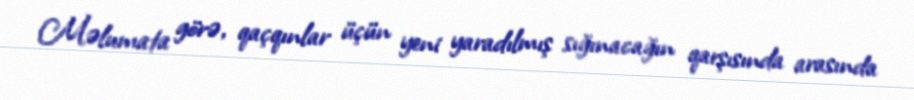
Məlumata görə, qaçqınlar üçün yeni yaradılmış sığınacağın qarşısında arasında